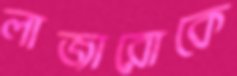
লাজারোকে